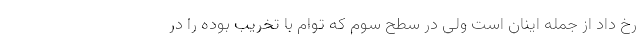
رخ داد از جمله اینان است ولی در سطح سوم که توام با تخریب بوده را در